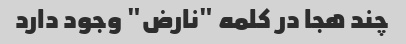
چند هجا در کلمه "نارض" وجود دارد